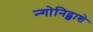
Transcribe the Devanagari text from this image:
न्गोनिद्झाशे